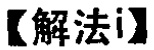
【解法i】